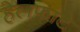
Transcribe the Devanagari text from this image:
हेलफाटे